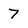
Character: 7